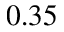
0 . 3 5